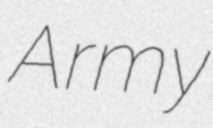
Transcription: Army